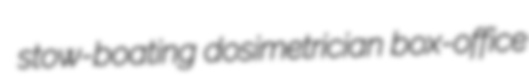
stow-boating dosimetrician box-office